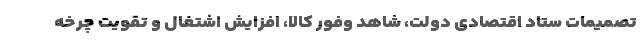
تصمیمات ستاد اقتصادی دولت، شاهد وفور کالا، افزایش اشتغال و تقویت چرخه